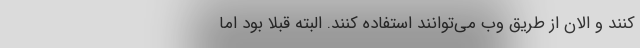
کنند و الان از طریق وب می‌توانند استفاده کنند. البته قبلاً بود اما